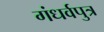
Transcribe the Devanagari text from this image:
गंधर्वपुत्र